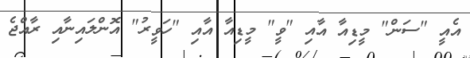
އެއީ "ސަން" މީޑިއާ އާއި "ވީ" މީޑިއާ އާއި "ހަވީރު" އޮންލައިނާއި ރާއްޖެ